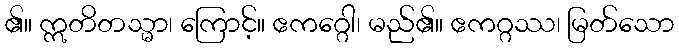
၏။ ဣတိတသ္မာ၊ ကြောင့်။ ဧကဂ္ဂေါ၊ မည်၏။ ဧကဂ္ဂဿ၊ မြတ်သော